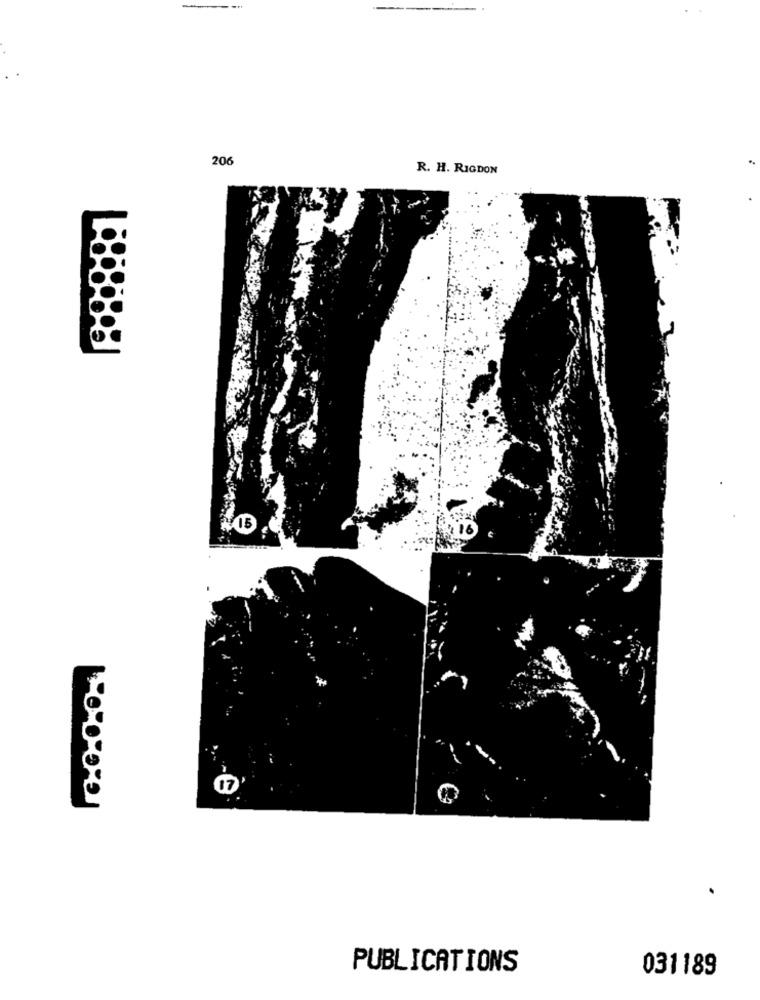
206
R. H. RIGDON
15
PUBLICATIONS
031189